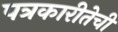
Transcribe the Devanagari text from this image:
पत्रकारीतेची